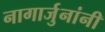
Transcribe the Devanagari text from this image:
नागार्जुनांनी